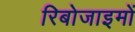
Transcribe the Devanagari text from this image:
रिबोजाइमों